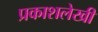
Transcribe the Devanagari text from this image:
प्रकाशलेखी